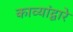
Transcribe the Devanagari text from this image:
काव्यांद्वारे